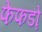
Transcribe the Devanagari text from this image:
फेफडो़